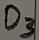
Text: D3